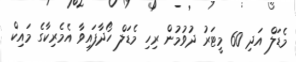
މެޑަލް އަދި 60 މީޓަރު ދުވުމުން ރިހި މެޑަލް ހޯދާފައިވާ އެމެރިކާގެ މައިކް